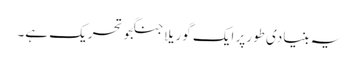
یہ بنیادی طورپر ایک گوریلا جنگجو تحریک ہے۔